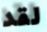
لقد